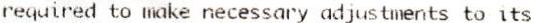
REQUIRED TO MAKE NECESSARY ADJUSTMENTS TO ITS